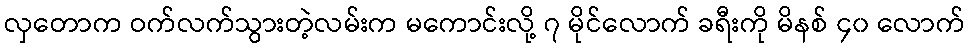
လှတောက ဝက်လက်သွားတဲ့လမ်းက မကောင်းလို့ ၇ မိုင်လောက် ခရီးကို မိနစ် ၄၀ လောက်